Scottish Leaving Certificate Examination, 1961
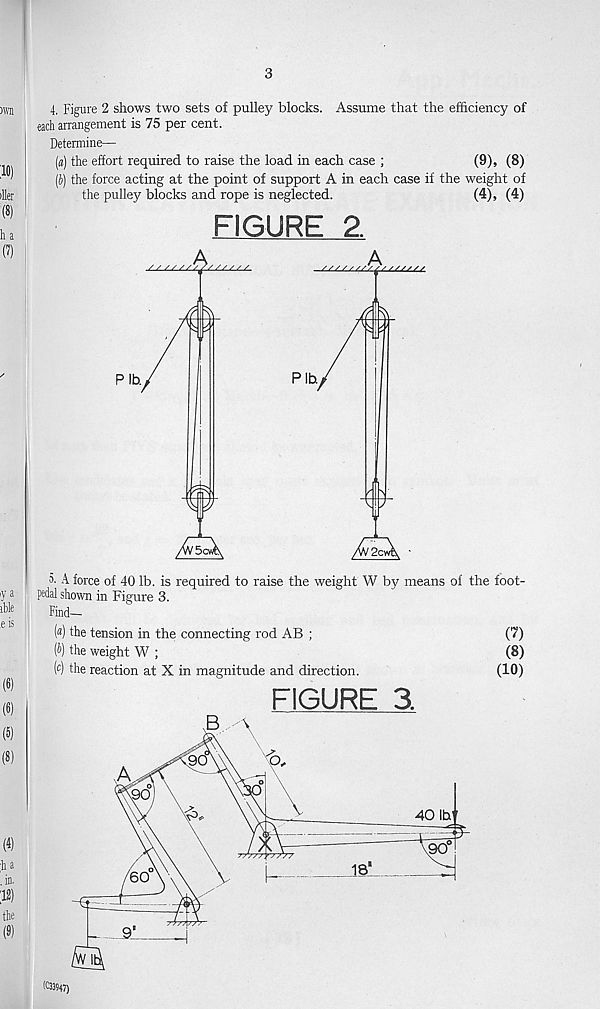
3
4. Figure 2 shows two sets of pulley blocks. Assume that the efficiency of
each arrangement is 75 per cent.
Determine—
(a) the efiort required to raise the load in each case ;
(9), (8)
(i) the force acting at the point of support A in each case if the weight of
the pulley blocks and rope is neglected.
(4), (4)
FIGURE 2
5. A force of 40 lb. is required to raise the weight W by means of the foot-
pcdal shown in Figure 3.
Find—
(®) the tension in the connecting rod AB ;
(7)
(i) the weight W ;
(8)
(c) the reaction at X in magnitude and direction.
(10)
FIGURE 3,